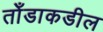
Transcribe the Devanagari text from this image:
तोँडाकडील